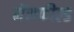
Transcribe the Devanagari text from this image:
मेंसफील्ड